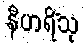
နီဟရိံသု